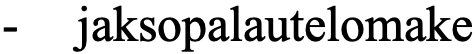
-  jaksopalautelomake